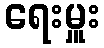
ရေးမှူး